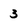
Character: 3